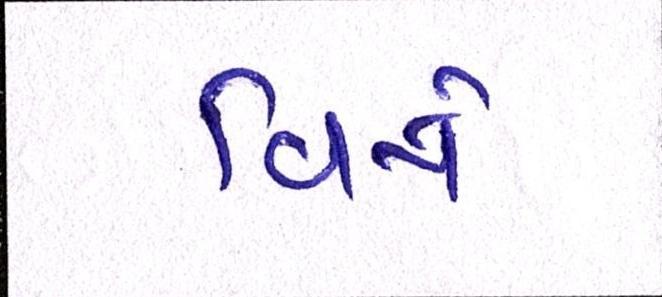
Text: વિષે